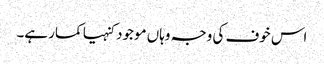
اس خوف کی وجہ وہاں موجود کنہیا کمار ہے۔